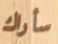
سأراك